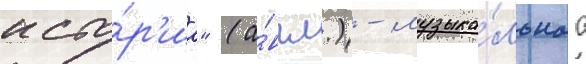
исто́р'иа" (а́нгл.) - музыка́льнаа